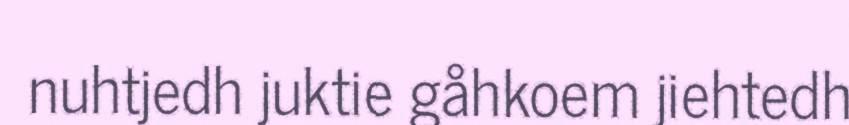
nuhtjedh juktie gåhkoem jiehtedh